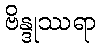
ဗိန္ဒုဿရာ